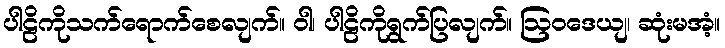
ပါဠိကိုသက်ရောက်စေလျက်။ ဝါ၊ ပါဠိကိုရွက်ပြလျက်။ ဩဝဒေယျ၊ ဆုံးမအံ့။